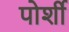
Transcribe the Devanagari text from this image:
पोर्शी